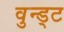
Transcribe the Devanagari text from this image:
वुन्ड्ट